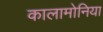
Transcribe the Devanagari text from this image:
कालामोनिया